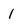
Character: 1